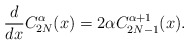
\begin{align*} \frac{d}{dx}C^{\alpha}_{2N}(x)=2\alpha C^{\alpha +1}_{2N-1}(x).\end{align*}